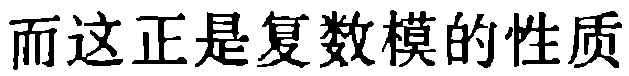
而这正是复数模的性质